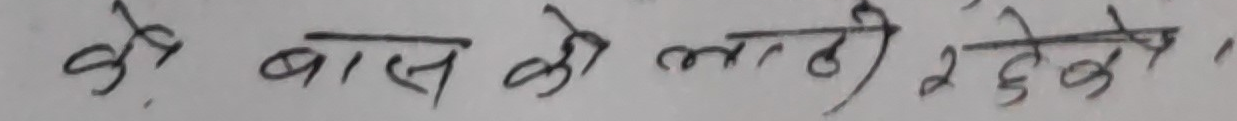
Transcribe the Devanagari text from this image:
के बाँस की लाठी २ देके